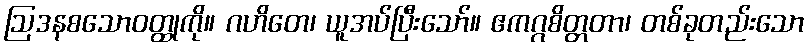
ဩဒနစသောဝတ္ထုကို။ ဂဟိတေ၊ ယူအပ်ပြီးသော်။ ဧကဂ္ဂစိတ္တတာ၊ တစ်ခုတည်းသော